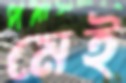
মেই